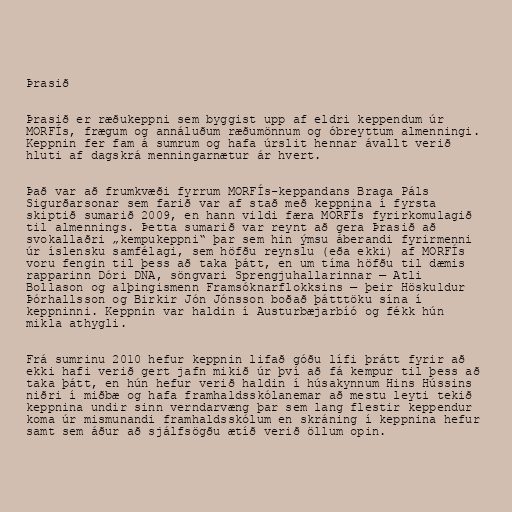
Þrasið

Þrasið er ræðukeppni sem byggist upp af eldri keppendum úr
MORFÍs, frægum og annáluðum ræðumönnum og óbreyttum almenningi.
Keppnin fer fam á sumrum og hafa úrslit hennar ávallt verið
hluti af dagskrá menningarnætur ár hvert.

Það var að frumkvæði fyrrum MORFÍs-keppandans Braga Páls
Sigurðarsonar sem farið var af stað með keppnina í fyrsta
skiptið sumarið 2009, en hann vildi færa MORFÍs fyrirkomulagið
til almennings. Þetta sumarið var reynt að gera Þrasið að
svokallaðri „kempukeppni“ þar sem hin ýmsu áberandi fyrirmenni
úr íslensku samfélagi, sem höfðu reynslu (eða ekki) af MORFÍs
voru fengin til þess að taka þátt, en um tíma höfðu til dæmis
rapparinn Dóri DNA, söngvari Sprengjuhallarinnar — Atli
Bollason og alþingismenn Framsóknarflokksins — þeir Höskuldur
Þórhallsson og Birkir Jón Jónsson boðað þátttöku sína í
keppninni. Keppnin var haldin í Austurbæjarbíó og fékk hún
mikla athygli.

Frá sumrinu 2010 hefur keppnin lifað góðu lífi þrátt fyrir að
ekki hafi verið gert jafn mikið úr því að fá kempur til þess að
taka þátt, en hún hefur verið haldin í húsakynnum Hins Hússins
niðri í miðbæ og hafa framhaldsskólanemar að mestu leyti tekið
keppnina undir sinn verndarvæng þar sem lang flestir keppendur
koma úr mismunandi framhaldsskólum en skráning í keppnina hefur
samt sem áður að sjálfsögðu ætíð verið öllum opin.